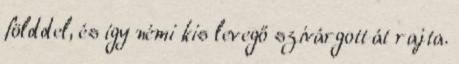
földdel, és így némi kis levegő szivárgott át rajta.